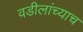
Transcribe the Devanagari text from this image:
वडीलांच्याच